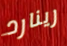
رينارد